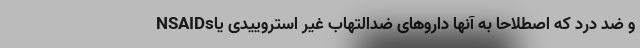
و ضد درد که اصطلاحا به آنها داروهای ضدالتهاب غیر استروییدی یاNSAIDs